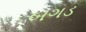
બગડ